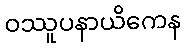
ဝဿူပနာယိကေန